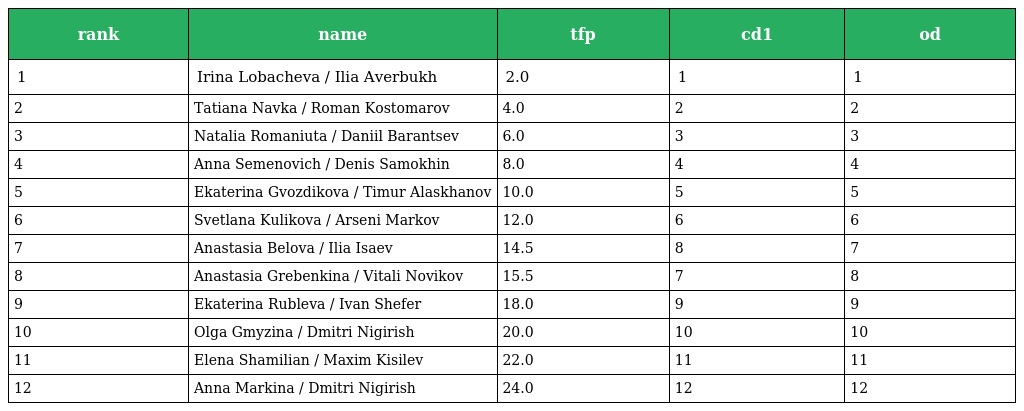
| rank | name | tfp | cd1 | od |
 | --- | --- | --- | --- | --- |
 | 1 | Irina Lobacheva / Ilia Averbukh | 2.0 | 1 | 1 |
 | 2 | Tatiana Navka / Roman Kostomarov | 4.0 | 2 | 2 |
 | 3 | Natalia Romaniuta / Daniil Barantsev | 6.0 | 3 | 3 |
 | 4 | Anna Semenovich / Denis Samokhin | 8.0 | 4 | 4 |
 | 5 | Ekaterina Gvozdikova / Timur Alaskhanov | 10.0 | 5 | 5 |
 | 6 | Svetlana Kulikova / Arseni Markov | 12.0 | 6 | 6 |
 | 7 | Anastasia Belova / Ilia Isaev | 14.5 | 8 | 7 |
 | 8 | Anastasia Grebenkina / Vitali Novikov | 15.5 | 7 | 8 |
 | 9 | Ekaterina Rubleva / Ivan Shefer | 18.0 | 9 | 9 |
 | 10 | Olga Gmyzina / Dmitri Nigirish | 20.0 | 10 | 10 |
 | 11 | Elena Shamilian / Maxim Kisilev | 22.0 | 11 | 11 |
 | 12 | Anna Markina / Dmitri Nigirish | 24.0 | 12 | 12 |